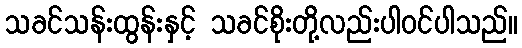
သခင်သန်းထွန်းနှင့် သခင်စိုးတို့လည်းပါဝင်ပါသည်။